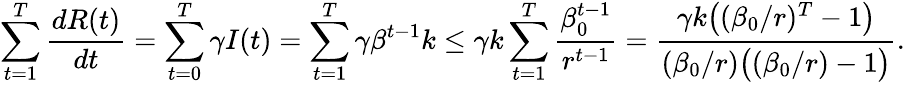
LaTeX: \sum_{t=1}^{T}\frac{dR(t)}{dt}=\sum_{t=0}^{T}\gamma I(t)=\sum_{t=1}^{T}\gamma\beta^{t-1}k\leq\gamma k\sum_{t=1}^{T}\frac{\beta_{0}^{t-1}}{r^{t-1}}=\frac{\gamma k\big((\beta_{0}/r)^{T}-1\big)}{(\beta_{0}/r)\big((\beta_{0}/r)-1\big)}.